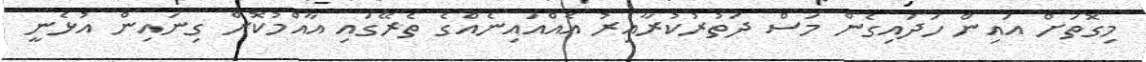
މިގޮތަށް އައިން ހަދައިގެން މަސް ދަތުރުކުރާއިރު އެއްއަައިނެއްގެ ތެރޭގައި އާއްމުކޮށް ގިނައިން އުޅެނީ